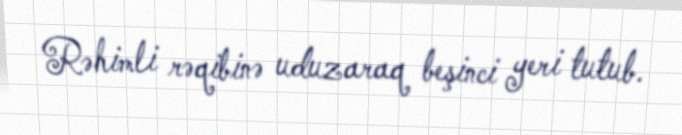
Rəhimli rəqibinə uduzaraq beşinci yeri tutub.